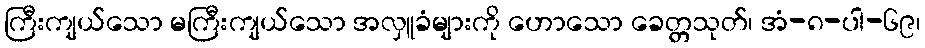
ကြီးကျယ်သော မကြီးကျယ်သော အလှူခံများကို ဟောသော ခေတ္တသုတ်၊ အံ-၈-ပါ-၆၉၊